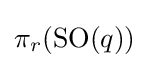
\pi _{r}(\operatorname {SO} (q))